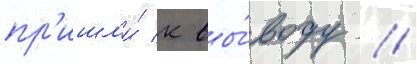
пр'ишл'и́ к вы́воду /